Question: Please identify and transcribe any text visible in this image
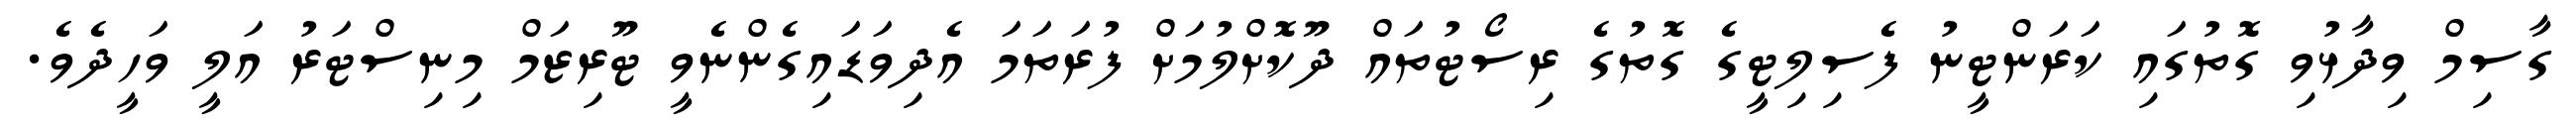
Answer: ގާސިމް ވިދާޅުވި ގޮތުގައި ކަރަންޓީނު ފެސިލިޓީގެ ގޮތުގެ ރިސޯޓުތައް ދޫކޮށްލުމަށް ފުރަތަމަ އެދިވަޑައިގެންނެވީ ޓޫރިޒަމް މިނިސްޓަރު އަލީ ވަހީދެވެ.